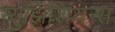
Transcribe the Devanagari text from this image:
म्युझिशियन्स